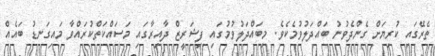
ތެރޭގައި ކުރިޔަށް ގެންދެވުނު ބައްދަލުވުމެކެވެ. މިބައްދަލުވުމުގައި ފިޝަރީޒް ދާއިރާގައި މަސައްކަތްކުރައްވާ މައިގަނޑު ބައެއް